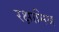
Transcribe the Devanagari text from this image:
रक्षामिश्र